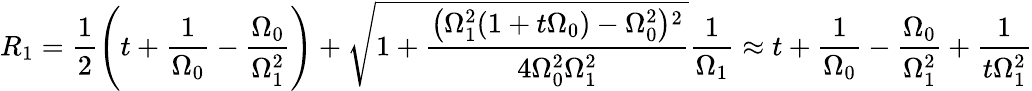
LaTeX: R_{1}=\frac{1}{2}\left(t+\frac{1}{\Omega_{0}}-\frac{\Omega_{0}}{\Omega_{1}^{2}}\right)+\sqrt{1+\frac{\left(\Omega_{1}^{2}(1+t\Omega_{0})-\Omega_{0}^{2}\right){}^{2}}{4\Omega_{0}^{2}\Omega_{1}^{2}}}\frac{1}{\Omega_{1}}\approx t+\frac{1}{\Omega_{0}}-\frac{\Omega_{0}}{\Omega_{1}^{2}}+\frac{1}{t\Omega_{1}^{2}}